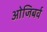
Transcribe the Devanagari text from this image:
ओजिबर्व